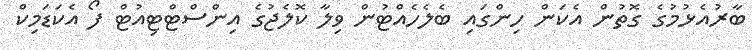
ބާރުއެޅުމުގެ ގޮތުން އެކަން ހިންގައި ބެލެހެއްޓުން ވިލާ ކޮލެޖުގެ އިންސްޓްޓިއުޓް ފޯ އެކަޑަމިކް